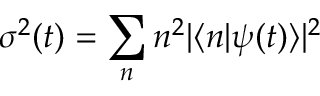
\sigma ^ { 2 } ( t ) = \sum _ { n } n ^ { 2 } | \langle n | \psi ( t ) \rangle | ^ { 2 }